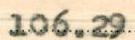
106.29